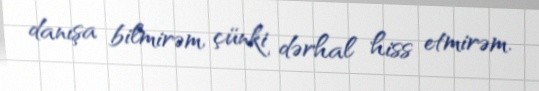
danışa bilmirəm, çünki dərhal hiss etmirəm.